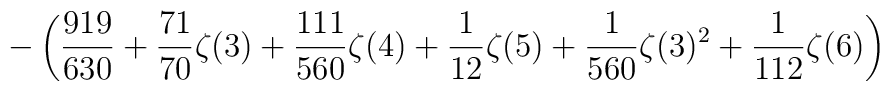
\displaystyle-\left(\frac{919}{630}+\frac{71}{70}\zeta(3)+\frac{111}{560}\zeta(4)+\frac{1}{12}\zeta(5)+\frac{1}{560}\zeta(3)^2+\frac{1}{112}\zeta(6)\right)